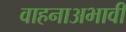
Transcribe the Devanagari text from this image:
वाहनाअभावी